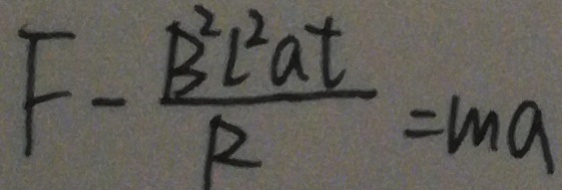
F - \frac { B ^ { 2 } l ^ { 2 } a t } { R } = m a